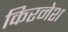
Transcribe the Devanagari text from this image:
किरनेश